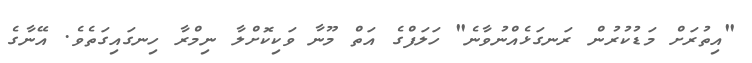
"އިތުރަށް މަޑުކުރުން ރަނގަޅެއްނުވާނެ" ހަލަފްގެ އަތް މޫނާ ވަކިކޮށްލާ ނިމްރާ ހިނގައިގަތެވެ. އޭނާގެ